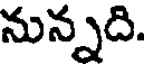
నున్నది.